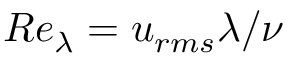
R e _ { \lambda } = u _ { r m s } \lambda / \nu